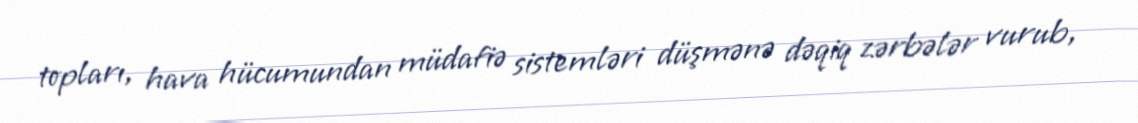
topları, hava hücumundan müdafiə sistemləri düşmənə dəqiq zərbələr vurub,